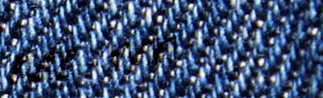
Free WiFi